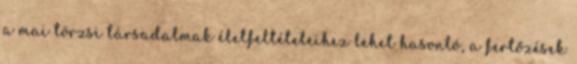
a mai törzsi társadalmak életfeltételeihez lehet hasonló, a fertőzések